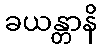
ခယန္တာနိ